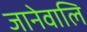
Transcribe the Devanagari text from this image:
जानेवालि